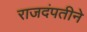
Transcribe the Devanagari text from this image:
राजदंपतीने